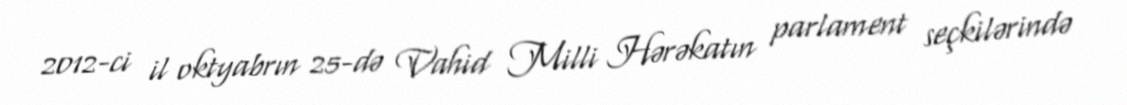
2012-ci il oktyabrın 25-də Vahid Milli Hərəkatın parlament seçkilərində